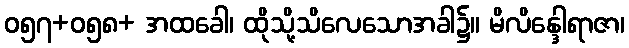
ဝ၅၇+ဝ၅၈+ အထခေါ၊ ထိုသို့သိလေသောအခါ၌။ မိလိန္ဒေါရာဇာ၊